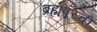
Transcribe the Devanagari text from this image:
ब्रह्मपूरची